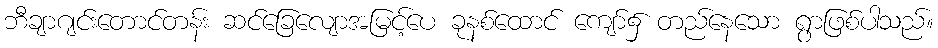
ဘီချာဂျင်းတောင်တန်း ဆင်ခြေလျောအမြင့်ပေ ခုနစ်ထောင် ကျော်၌ တည်နေသော ရွာဖြစ်ပါသည်။